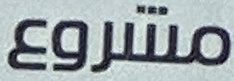
مشروع